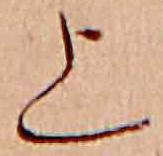
上